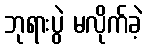
ဘုရားပွဲ မလိုက်ခဲ့